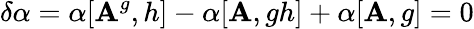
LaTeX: \delta\alpha=\alpha[\mathbf{A}^{g},h]-\alpha[\mathbf{A},gh]+\alpha[\mathbf{A},g]=0